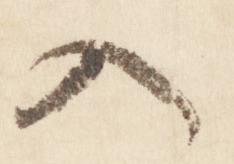
入